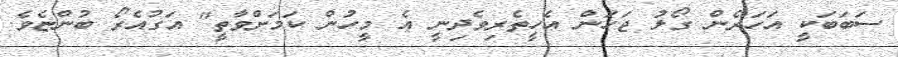
ސަބަބަކީ އަހަރެން ގޯލު ޖަހަން އެހީތެރިވެދިނީ އެ މީހުން ކަމަށްވާތީ" އަގުއެރޯ ބުންޏެވެ.